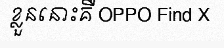
ខ្លួននោះគឺ OPPO Find X